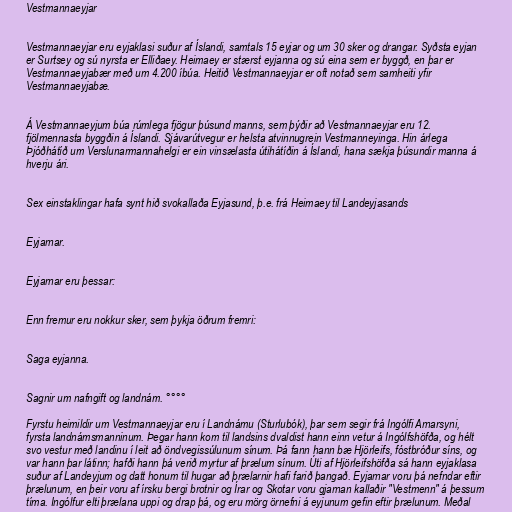
Vestmannaeyjar

Vestmannaeyjar eru eyjaklasi suður af Íslandi, samtals 15 eyjar og um 30 sker og drangar. Syðsta eyjan
er Surtsey og sú nyrsta er Elliðaey. Heimaey er stærst eyjanna og sú eina sem er byggð, en þar er
Vestmannaeyjabær með um 4.200 íbúa. Heitið Vestmannaeyjar er oft notað sem samheiti yfir
Vestmannaeyjabæ.

Á Vestmannaeyjum búa rúmlega fjögur þúsund manns, sem þýðir að Vestmannaeyjar eru 12.
fjölmennasta byggðin á Íslandi. Sjávarútvegur er helsta atvinnugrein Vestmanneyinga. Hin árlega
Þjóðhátíð um Verslunarmannahelgi er ein vinsælasta útihátíðin á Íslandi, hana sækja þúsundir manna á
hverju ári.

Sex einstaklingar hafa synt hið svokallaða Eyjasund, þ.e. frá Heimaey til Landeyjasands

Eyjarnar.

Eyjarnar eru þessar:

Enn fremur eru nokkur sker, sem þykja öðrum fremri:

Saga eyjanna.

Sagnir um nafngift og landnám. °°°°

Fyrstu heimildir um Vestmannaeyjar eru í Landnámu (Sturlubók), þar sem segir frá Ingólfi Arnarsyni,
fyrsta landnámsmanninum. Þegar hann kom til landsins dvaldist hann einn vetur á Ingólfshöfða, og hélt
svo vestur með landinu í leit að öndvegissúlunum sínum. Þá fann hann bæ Hjörleifs, fóstbróður síns, og
var hann þar látinn; hafði hann þá verið myrtur af þrælum sínum. Úti af Hjörleifshöfða sá hann eyjaklasa
suður af Landeyjum og datt honum til hugar að þrælarnir hafi farið þangað. Eyjarnar voru þá nefndar eftir
þrælunum, en þeir voru af írsku bergi brotnir og Írar og Skotar voru gjarnan kallaðir "Vestmenn" á þessum
tíma. Ingólfur elti þrælana uppi og drap þá, og eru mörg örnefni á eyjunum gefin eftir þrælunum. Meðal